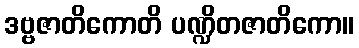
ဒဗ္ဗဇာတိကောတိ ပဏ္ဍိတဇာတိကော။